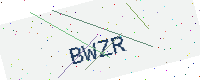
Text: BWZR